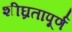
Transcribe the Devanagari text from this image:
शीघ्रतापूर्ण